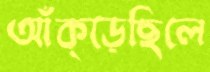
আঁক্‌ড়েছিলে